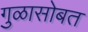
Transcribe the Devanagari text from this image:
गुळासोबत